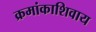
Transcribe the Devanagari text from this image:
क्रमांकाशिवाय